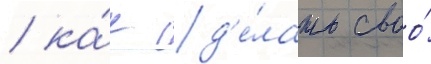
/ ка́к сд'е́лать своо́